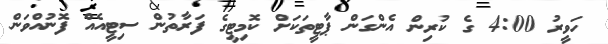
ހަވީރު 4:00 ގެ ކުރިން އެންގަން ޕާޓީތަކަށް ކޮމިޓީގެ ފަރާތުން ސިޓީއެއް ފޮނުއްވަން